Indian journal of veterinary science and animal husbandry - Volume 12,
Year: 1942
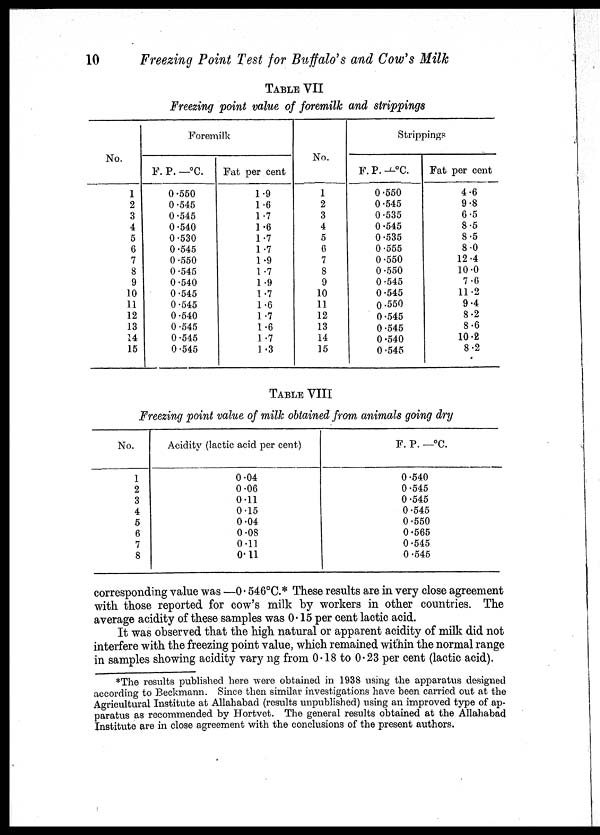
10
Freezing Point Test for Buffalo's and Cow's Milk
TABLE VII
Freezing point value of foremilk and strippings
No.
1
2
3
4
5
6
7
8
9
10
11
12
13
14
15
Foremilk
F. P. — °C.
0.550
0.545
0.545
0.540
0.530
0.545
0.550
0.545
0.540
0.545
0.545
0.540
0.545
0.545
0.545
Fat per cent
1.9
1.6
1.7
1.6
1.7
1.7
1.9
1.7
1.9
1.7
1.6
1.7
1.6
1.7
1.3
No.
1
2
3
4
5
6
7
8
9
10
11
12
13
14
15
Strippings
F. P. —°C.
0.550
0.545
0.535
0.545
0.535
0.555
0.550
0.550
0.545
0.545
0.550
0.545
0.545
0.540
0.545
Fat per cent
4.6
9.8
6.5
8.5
8.5
8.0
12.4
10.0
7.6
11.2
9.4
8.2
8.6
10.2
8.2
TABLE VIII
Freezing point value of milk obtained from animals going dry
No.
1
2
3
4
5
6
7
8
Acidity (lactic acid per cent)
0.04
0.06
0.11
0.15
0.04
0.08
0.11
0.11
F. P. —°C.
0.540
0.545
0.545
0.545
0.550
0.565
0.545
0.545
corresponding value was —0.546°C.* These results are in very close agreement
with those reported for cow's milk by workers in other countries. The
average acidity of these samples was 0.15 per cent lactic acid.
It was observed that the high natural or apparent acidity of milk did not
interfere with the freezing point value, which remained within the normal range
in samples showing acidity varying from 0.18 to 0.23 per cent (lactic acid).
*The results published here were obtained in 1938 using the apparatus designed
according to Beckmann. Since then similar investigations have been carried out at the
Agricultural Institute at Allahabad (results unpublished) using an improved type of ap-
paratus as recommended by Hortvet. The general results obtained at the Allahabad
Institute are in close agreement with the conclusions of the present authors.